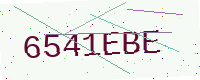
Text: 6541EBE